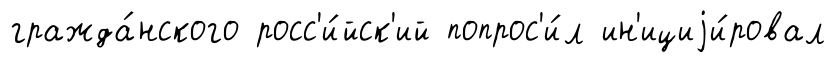
гражда́нского росс'и́йск'ий попрос'и́л ин'ициjи́ровал